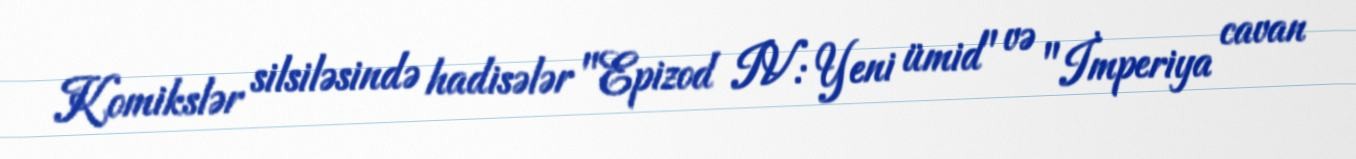
Komikslər silsiləsində hadisələr "Epizod IV: Yeni ümid" və "İmperiya cavan